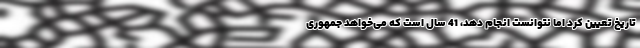
تاریخ تعیین کرد اما نتوانست انجام دهد، 41 سال است که می‌خواهد جمهوری